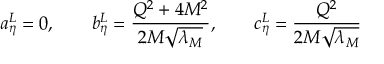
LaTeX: a _ { \eta } ^ { L } = 0 , \qquad b _ { \eta } ^ { L } = { \frac { Q ^ { 2 } + 4 M ^ { 2 } } { 2 M \sqrt { \lambda _ { M } } } } , \qquad c _ { \eta } ^ { L } = { \frac { Q ^ { 2 } } { 2 M \sqrt { \lambda _ { M } } } }